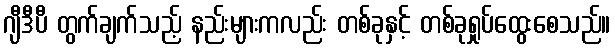
ဂျီဒီပီ တွက်ချက်သည့် နည်းများကလည်း တစ်ခုနှင့် တစ်ခုရှုပ်ထွေးစေသည်။